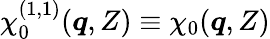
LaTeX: \chi_{0}^{(1,1)}(\boldsymbol{q},Z)\equiv\chi_{0}(\boldsymbol{q},Z)